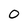
Character: O